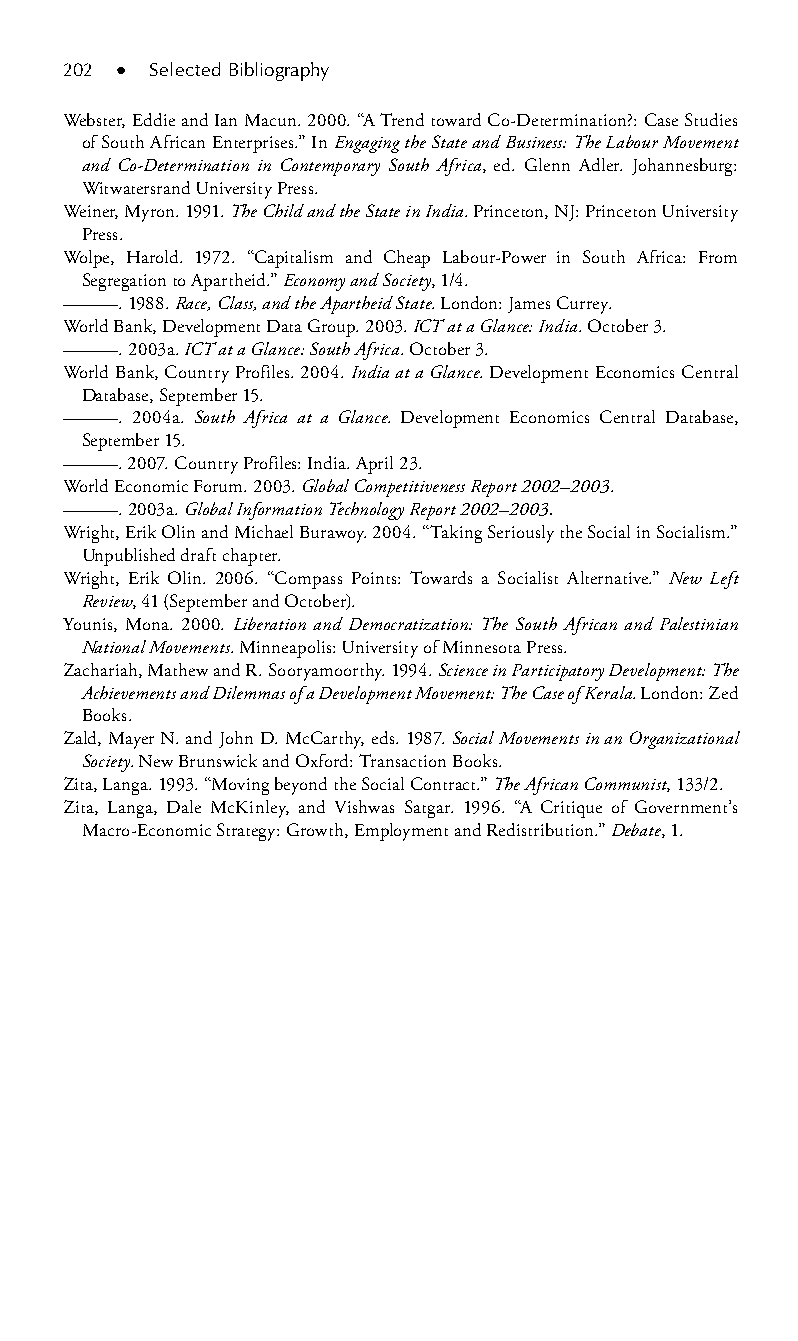
202 ● Selected Bibliography
 Webster, Eddie and Ian Macun. 2000. “A Trend toward Co-Determination?: Case Studies
 of South African Enterprises.” In Engaging the State and Business: The Labour Movement
 and Co-Determination in Contemporary South Africa, ed. Glenn Adler. Johannesburg:
 Witwatersrand University Press.
 Weiner, Myron. 1991. The Child and the State in India. Princeton, NJ: Princeton University
 Press.
 Wolpe, Harold. 1972. “Capitalism and Cheap Labour-Power in South Africa: From
 Segregation to Apartheid.” Economy and Society, 1/4.
 ———. 1988. Race, Class, and the Apartheid State. London: James Currey.
 World Bank, Development Data Group. 2003. ICT at a Glance: India. October 3.
 ———. 2003a. ICT at a Glance: South Africa. October 3.
 World Bank, Country Profiles. 2004. India at a Glance. Development Economics Central
 Database, September 15.
 ———. 2004a. South Africa at a Glance. Development Economics Central Database,
 September 15.
 ———. 2007. Country Profiles: India. April 23.
 World Economic Forum. 2003. Global Competitiveness Report 2002–2003.
 ———. 2003a. Global Information Technology Report 2002–2003.
 Wright, Erik Olin and Michael Burawoy. 2004. “Taking Seriously the Social in Socialism.”
 Unpublished draft chapter.
 Wright, Erik Olin. 2006. “Compass Points: Towards a Socialist Alternative.” New Left
 Review, 41 (September and October).
 Younis, Mona. 2000. Liberation and Democratization: The South African and Palestinian
 National Movements. Minneapolis: University of Minnesota Press.
 Zachariah, Mathew and R. Sooryamoorthy. 1994. Science in Participatory Development: The
 Achievements and Dilemmas of a Development Movement: The Case of Kerala. London: Zed
 Books.
 Zald, Mayer N. and John D. McCarthy, eds. 1987. Social Movements in an Organizational
 Society. New Brunswick and Oxford: Transaction Books.
 Zita, Langa. 1993. “Moving beyond the Social Contract.” The African Communist, 133/2.
 Zita, Langa, Dale McKinley, and Vishwas Satgar. 1996. “A Critique of Government’s
 Macro-Economic Strategy: Growth, Employment and Redistribution.” Debate, 1.
 99778800223300660066440011ttss1144..iinndddd 220022 33//2277//22000088 33::2211::2266 PPMM